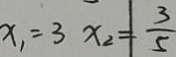
x _ { 1 } = 3 x _ { 2 } = \frac { 3 } { 5 }